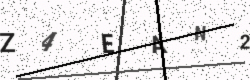
Text: Z4EAN2